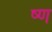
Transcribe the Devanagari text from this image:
ष्ण